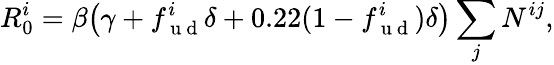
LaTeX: R_{0}^{i}=\beta\big(\gamma+f_{\mathrm{~u~d~}}^{i}\delta+0.22(1-f_{\mathrm{~u~d~}}^{i})\delta\big)\sum_{j}N^{ij},